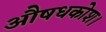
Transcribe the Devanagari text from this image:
औषधकोश।